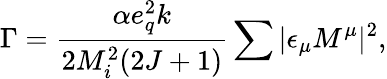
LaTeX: \Gamma=\frac{\alpha e_{q}^{2}k}{2M_{i}^{2}(2J+1)}\sum|\epsilon_{\mu}M^{\mu}|^{2},